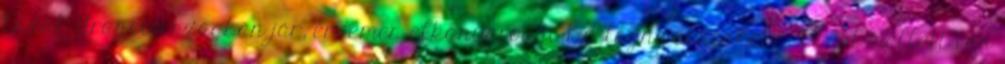
Észak-Franciországban jár, érdemes elkanyarodni Bretagne csücskébe, Brest mellett van